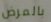
بالمرض